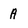
Character: A